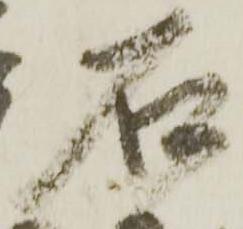
石